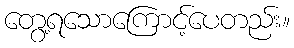
တွေ့ရသောကြောင့်ပေတည်း။